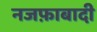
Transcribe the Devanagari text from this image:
नजफ़ाबादी